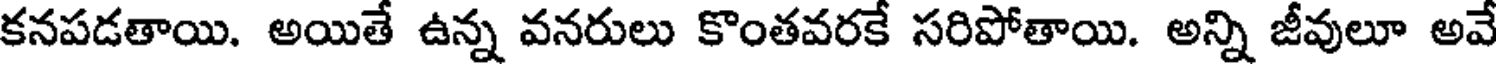
కనపడతాయి. అయితే ఉన్న వనరులు కొంతవరకే సరిపోతాయి. అన్ని జీవులూ అవే